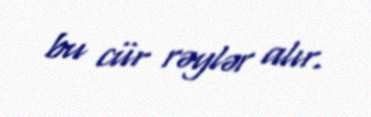
bu cür rəylər alır.